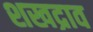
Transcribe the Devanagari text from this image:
शखद्राव